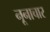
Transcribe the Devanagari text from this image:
नूनाचार